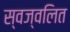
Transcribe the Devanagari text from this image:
स्वज्वलित